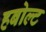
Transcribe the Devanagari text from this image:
हबोल्ट